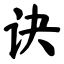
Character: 诀